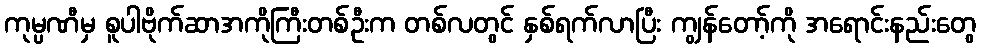
ကုမ္ပဏီမှ စူပါဗိုက်ဆာအကိုကြီးတစ်ဦးက တစ်လတွင် နှစ်ရက်လာပြီး ကျွန်တော့်ကို အရောင်းနည်းတွေ